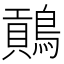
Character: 𪄌